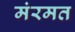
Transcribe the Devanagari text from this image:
मंरमत